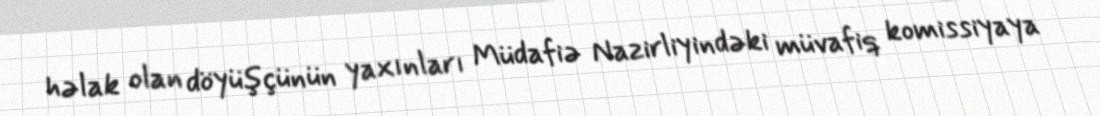
həlak olan döyüşçünün yaxınları Müdafiə Nazirliyindəki müvafiq komissiyaya